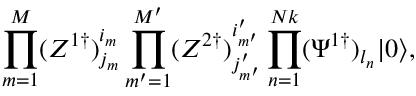
\prod _ { m = 1 } ^ { M } ( Z ^ { 1 \dagger } ) _ { j _ { m } } ^ { i _ { m } } \prod _ { m ^ { \prime } = 1 } ^ { M ^ { \prime } } ( Z ^ { 2 \dagger } ) _ { j _ { m ^ { \prime } } ^ { \prime } } ^ { i _ { m ^ { \prime } } ^ { \prime } } \prod _ { n = 1 } ^ { N k } ( \Psi ^ { 1 \dagger } ) _ { l _ { n } } | 0 \rangle ,